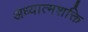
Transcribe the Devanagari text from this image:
अध्यात्मशक्ति